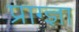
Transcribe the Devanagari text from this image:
प्राग्ज्ञा